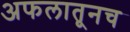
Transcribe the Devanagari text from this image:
अफलातूनच